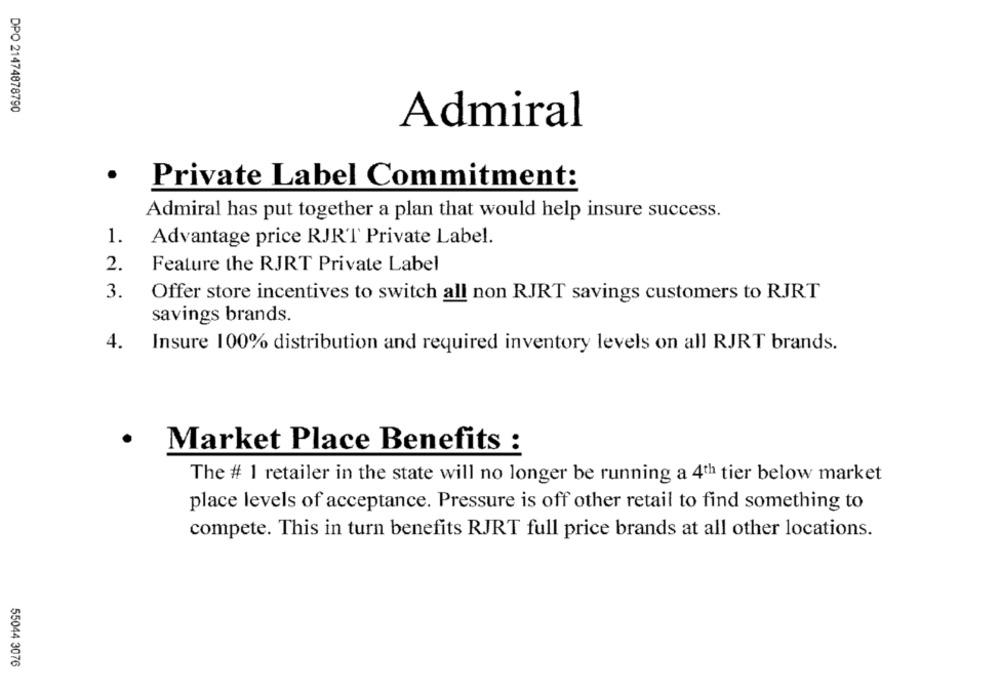
DPO 21474878790
Admiral
.
Private Label Commitment:
Admiral has put together a plan that would help insure success.
1.
Advantage price RJRT Private Label.
2.
Feature the RJRT Private Label
3.
Offer store incentives to switch all non RJRT savings customers to RJRT
savings brands.
4.
Insure 100% distribution and required inventory levels on all RJRT brands.
.
Market Place Benefits :
The # 1 retailer in the state will no longer be running a 4th tier below market
place levels of acceptance. Pressure is off other retail to find something to
compete. This in turn benefits RJRT full price brands at all other locations.
55044 3076